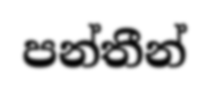
පන්තීන්